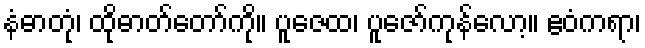
နံဓာတုံ၊ ထိုဓာတ်တော်ကို။ ပူဇေထ၊ ပူဇော်ကုန်လော့။ ဧဝံကရာ၊